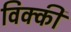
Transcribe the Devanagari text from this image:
विक्‍की